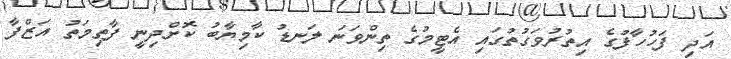
އަދި ފަހުހާފުގެ އިތުރުވަގުތުގައި އެޓީމުގެ ތިންވަނަ ލަނޑު ކާމިޔާބު ކޮށްދިނީ ފާތިމަތު އަޒްފާ